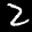
Label: 2